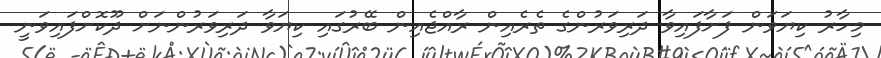
މިހާރު ކިޔަވަން ފަށާފައިވާ ދަރިވަރުންގެ ތެރެއިން ރާއްޖެއިން ބޭރުގައި ކިޔަވާ ދަރިވަރުންނަށް ދޫކޮށްފައިވަނީ